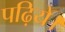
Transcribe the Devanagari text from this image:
पढ़िये।